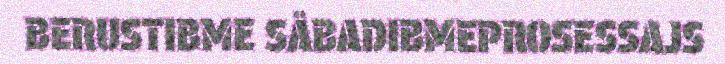
BERUSTIBME SÅBADIBMEPROSESSAJS